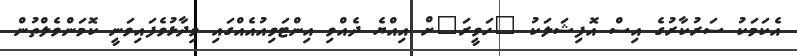
އެކަމަކު ސަރުކާރުގެ އިސް އޮފިޝަލަކު "ހަވީރަ"ށް އިއްޔެ ދެއްވި އިންޓަވިއުއެއްގައި ވިދާޅުވެފައިވަނީ ކޮމަންވެލްތުން